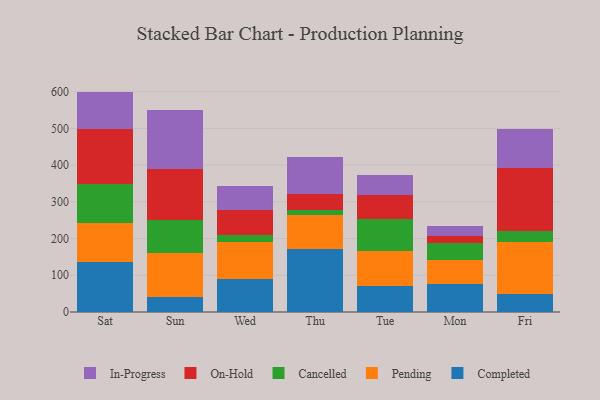
{"axis": {"x": "Day", "y": "Shipments"}, "legend": ["Cancelled", "Completed", "In-Progress", "On-Hold", "Pending"], "data": [{"x": "Sat", "y": 137.5, "type": "Completed"}, {"x": "Sat", "y": 105.5, "type": "Pending"}, {"x": "Sat", "y": 104.4, "type": "Cancelled"}, {"x": "Sat", "y": 150.4, "type": "On-Hold"}, {"x": "Sat", "y": 102.5, "type": "In-Progress"}, {"x": "Sun", "y": 40.1, "type": "Completed"}, {"x": "Sun", "y": 119.3, "type": "Pending"}, {"x": "Sun", "y": 91.3, "type": "Cancelled"}, {"x": "Sun", "y": 138.0, "type": "On-Hold"}, {"x": "Sun", "y": 160.7, "type": "In-Progress"}, {"x": "Wed", "y": 90.8, "type": "Completed"}, {"x": "Wed", "y": 100.1, "type": "Pending"}, {"x": "Wed", "y": 18.5, "type": "Cancelled"}, {"x": "Wed", "y": 69.7, "type": "On-Hold"}, {"x": "Wed", "y": 62.9, "type": "In-Progress"}, {"x": "Thu", "y": 171.7, "type": "Completed"}, {"x": "Thu", "y": 91.6, "type": "Pending"}, {"x": "Thu", "y": 15.0, "type": "Cancelled"}, {"x": "Thu", "y": 44.0, "type": "On-Hold"}, {"x": "Thu", "y": 101.2, "type": "In-Progress"}, {"x": "Tue", "y": 71.5, "type": "Completed"}, {"x": "Tue", "y": 94.3, "type": "Pending"}, {"x": "Tue", "y": 88.6, "type": "Cancelled"}, {"x": "Tue", "y": 64.0, "type": "On-Hold"}, {"x": "Tue", "y": 54.2, "type": "In-Progress"}, {"x": "Mon", "y": 75.5, "type": "Completed"}, {"x": "Mon", "y": 67.4, "type": "Pending"}, {"x": "Mon", "y": 44.1, "type": "Cancelled"}, {"x": "Mon", "y": 19.6, "type": "On-Hold"}, {"x": "Mon", "y": 29.0, "type": "In-Progress"}, {"x": "Fri", "y": 48.1, "type": "Completed"}, {"x": "Fri", "y": 142.5, "type": "Pending"}, {"x": "Fri", "y": 30.0, "type": "Cancelled"}, {"x": "Fri", "y": 170.7, "type": "On-Hold"}, {"x": "Fri", "y": 107.1, "type": "In-Progress"}]}